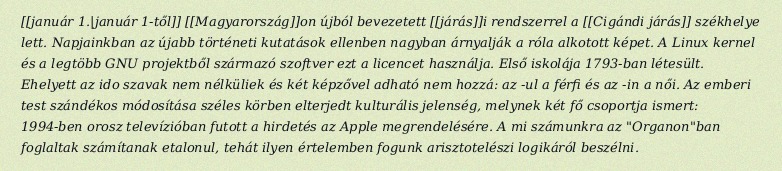
[[január 1.|január 1-től]] [[Magyarország]]on újból bevezetett [[járás]]i rendszerrel a [[Cigándi járás]] székhelye lett. Napjainkban az újabb történeti kutatások ellenben nagyban árnyalják a róla alkotott képet. A Linux kernel és a legtöbb GNU projektből származó szoftver ezt a licencet használja. Első iskolája 1793-ban létesült. Ehelyett az ido szavak nem nélküliek és két képzővel adható nem hozzá: az -ul a férfi és az -in a női. Az emberi test szándékos módosítása széles körben elterjedt kulturális jelenség, melynek két fő csoportja ismert: 1994-ben orosz televízióban futott a hirdetés az Apple megrendelésére. A mi számunkra az "Organon"ban foglaltak számítanak etalonul, tehát ilyen értelemben fogunk arisztotelészi logikáról beszélni.